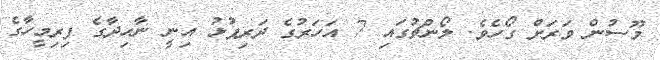
މޫސުން ވަރަށް ގޯހެވެ. ލޯންޗުގައި 7 އަހަރުގެ ދަރިފުޅު އިނީ ނާހިދާގެ ފިރިމީހާގެ